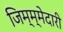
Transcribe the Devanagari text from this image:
जिम्म्मेदारी